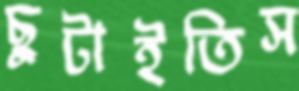
ছুটাইতিস